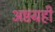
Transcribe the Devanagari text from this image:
अष्टग्रही